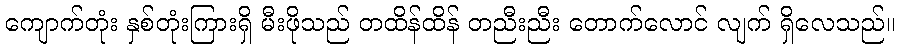
ကျောက်တုံး နှစ်တုံးကြားရှိ မီးဖိုသည် တထိန်ထိန် တညီးညီး တောက်လောင် လျက် ရှိလေသည်။